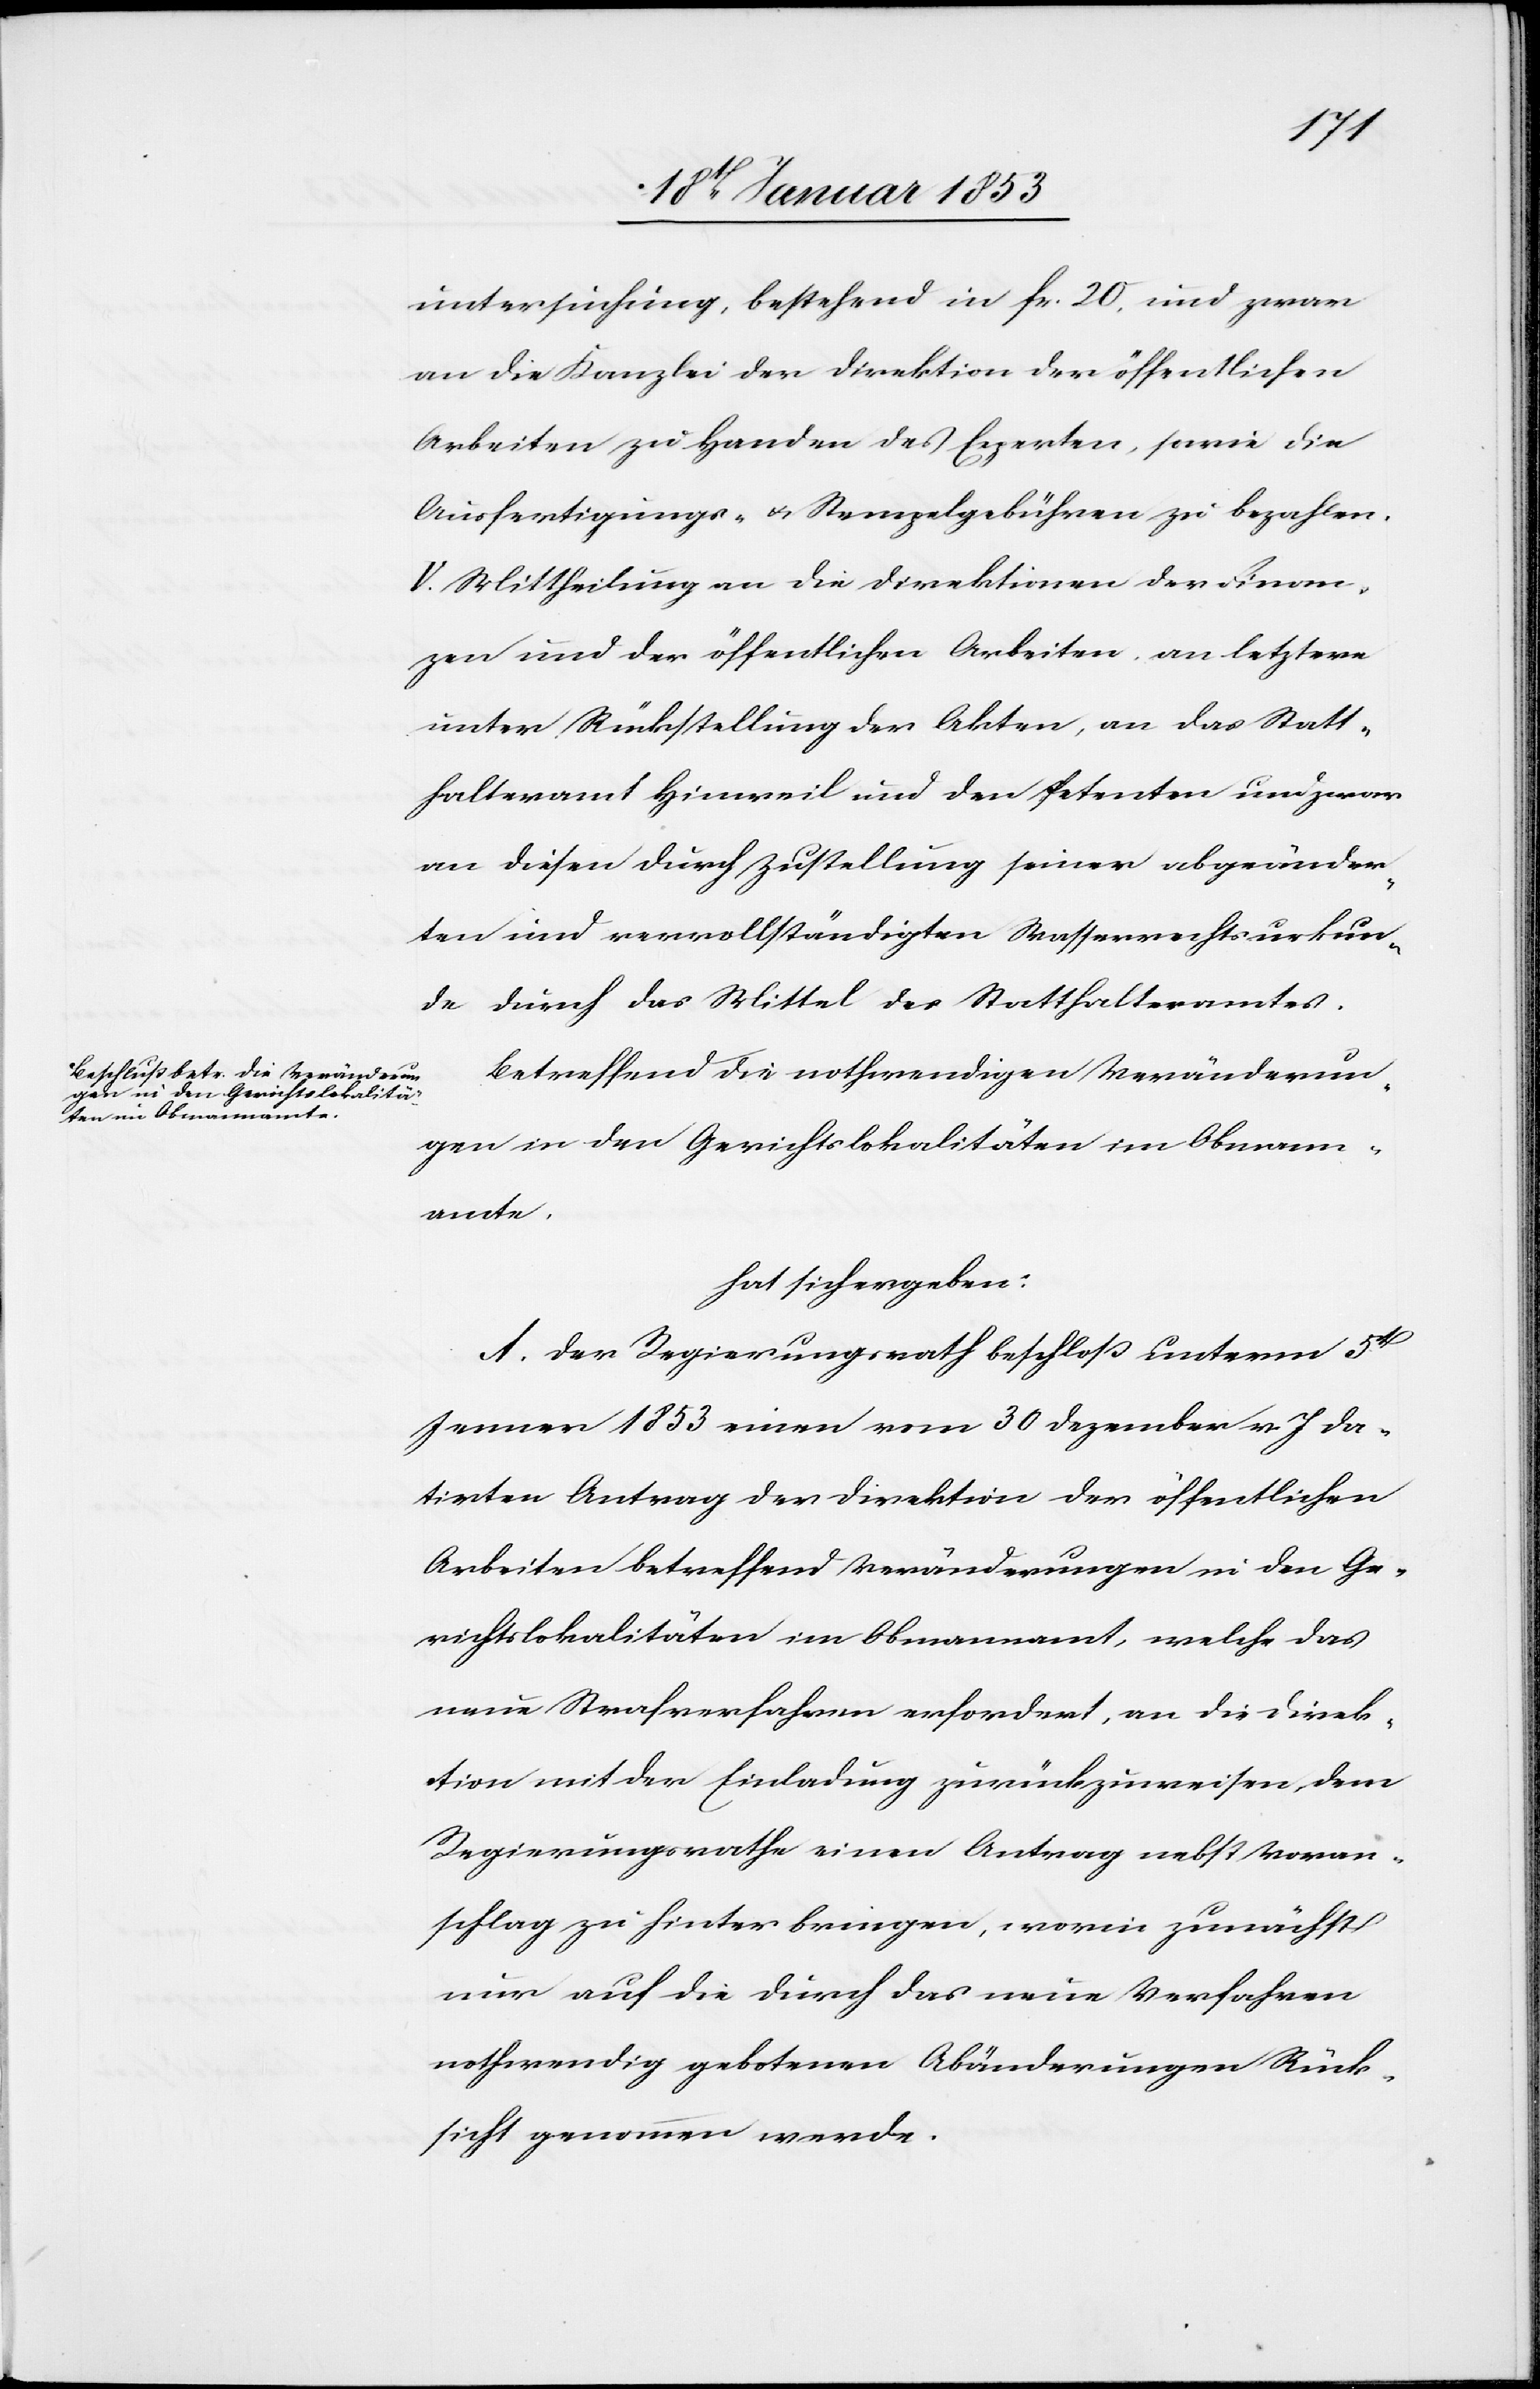
untersuchung, bestehend in fr. 20 und zwar
an die Kanzlei der Direktion der öffentlichen
Arbeiten zu Handen des Experten, sowie die
Ausfertigung- u. Stempelgebühren zu bezahlen.
V. Mittheilung an die Direktionen der Finan¬
zen und der öffentlichen Arbeiten an letztere
unter Rückstellung der Akten, an das Statt¬
halteramt Hinweil und den Petenten und zwar
an diesen durch Zustellung seiner abgeänder¬
ten und vervollständigten Wasserrechtsurkun¬
de durch das Mittel des Statthalteramtes.
Betreffend die nothwendigen Veränderun¬
gen in den Gerichtslokalitäten im Obmann¬
amte.
hat sich ergeben:
A. Der Regierungsrath beschloss unterm 5t.
Jenner 1853 einen vom 30 Dezember v. J da¬
tirten Antrag der Direktion der öffentlichen
Arbeiten betreffend Veränderungen in den Ge¬
richtslokalitäten im Obmannamt, welche das
neue Strafverfahren erfordert, an die Direk¬
tion mit der Einladung zurückzuweisen, dem
Regierungsrathe einen Antrag nebst Voran¬
schlag zu hinter bringen, worin zunächst
nur auf die durch das neue Verfahren
nothwendig gebotenen Abänderungen Rück¬
sicht genommen werde.